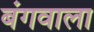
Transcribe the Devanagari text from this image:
बंगवाला